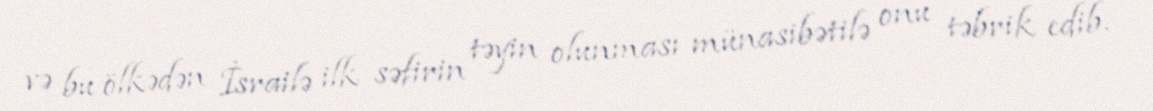
və bu ölkədən İsrailə ilk səfirin təyin olunması münasibətilə onu təbrik edib.